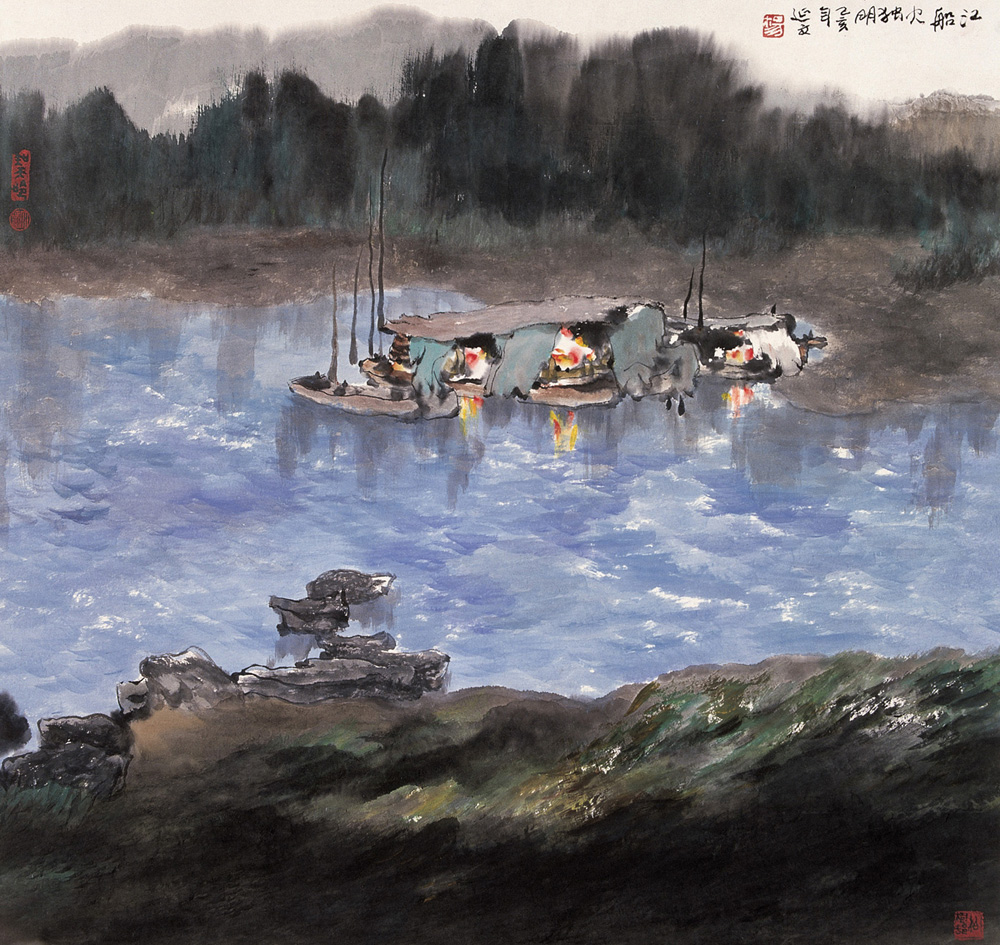
野径云俱黑，江船火独明。